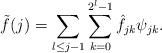
LaTeX: \begin{align*}\tilde{f}(j)=\sum_{l\leq j-1}\sum_{k=0}^{2^l-1} \hat{f}_{jk}\psi_{jk}.\end{align*}